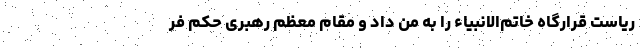
ریاست قرارگاه خاتم‌الانبیاء را به من داد و مقام معظم رهبری حکم فر